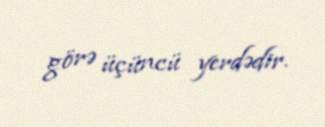
görə üçüncü yerdədir.